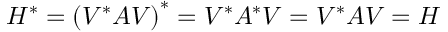
H ^ { * } = \left( V ^ { * } A V \right) ^ { * } = V ^ { * } A ^ { * } V = V ^ { * } A V = H